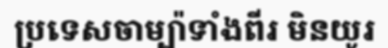
ប្រទេសចាម្ប៉ាទាំងពីរ មិនយូរ